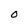
Character: o